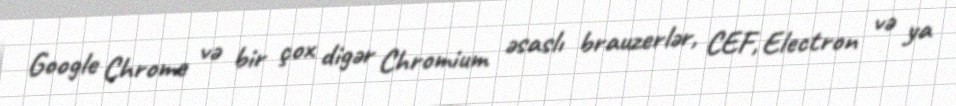
Google Chrome və bir çox digər Chromium əsaslı brauzerlər, CEF, Electron və ya